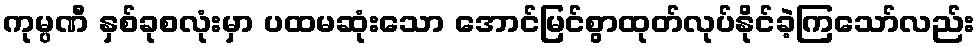
ကုမ္ပဏီ နှစ်ခုစလုံးမှာ ပထမဆုံးသော အောင်မြင်စွာထုတ်လုပ်နိုင်ခဲ့ကြသော်လည်း